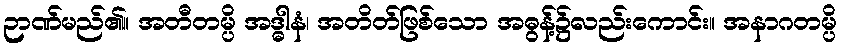
ဉာဏ်မည်၏။ အတီတမ္ပိ အဒ္ဓါနံ၊ အတိတ်ဖြစ်သော အဓွန့်၌လည်းကောင်း။ အနာဂတမ္ပိ